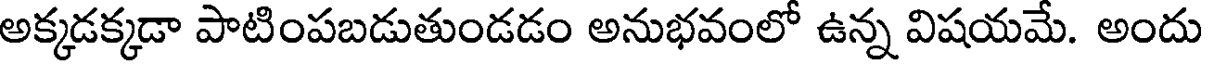
అక్కడక్కడా పాటింపబడుతుండడం అనుభవంలో ఉన్న విషయమే. అందు